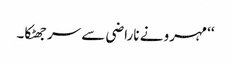
‘‘ مہرو نے ناراضی سے سر جھٹکا۔